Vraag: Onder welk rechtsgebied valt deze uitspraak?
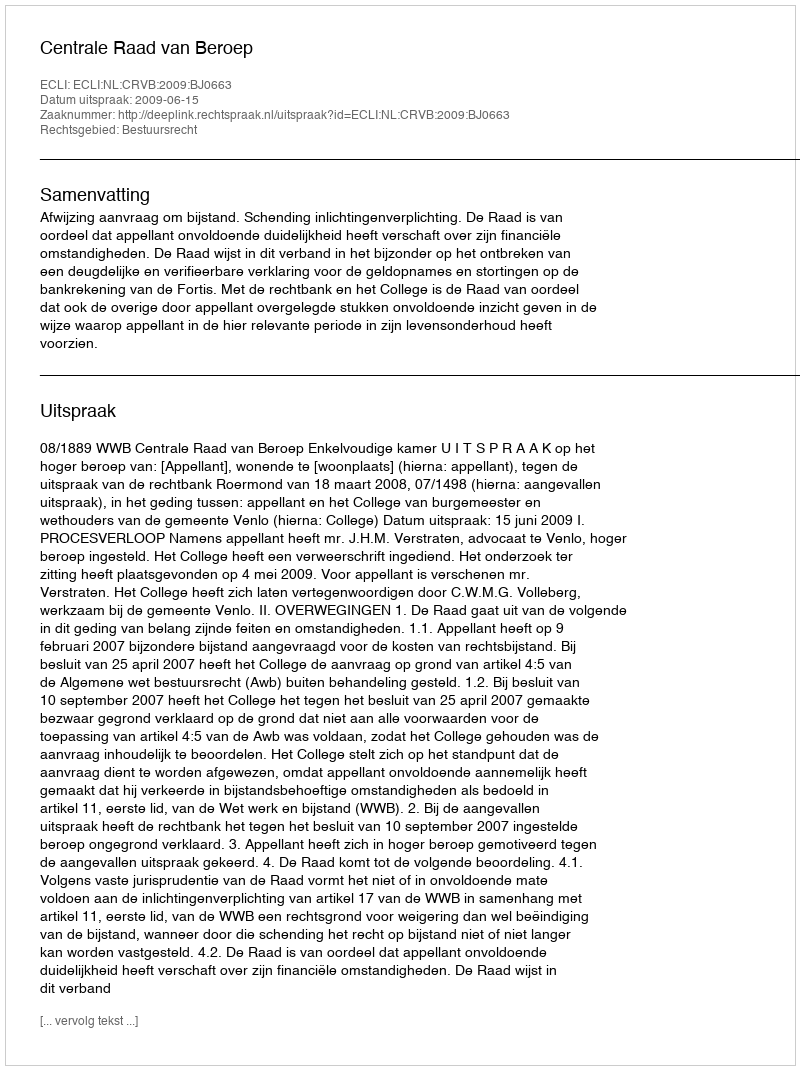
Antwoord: Bestuursrecht